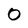
Character: 0